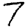
Digit: 7